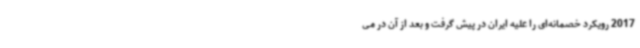
2017 رویکرد خصمانه‌ای را علیه ایران در پیش گرفت و بعد از آن در می